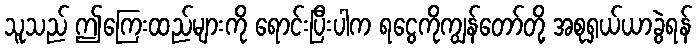
သူသည် ဤကြေးထည်များကို ရောင်းပြီးပါက ရငွေကိုကျွန်တော်တို့ အစုရှယ်ယာခွဲရန်